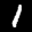
Label: 1